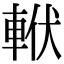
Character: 𨋩